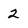
Character: 2